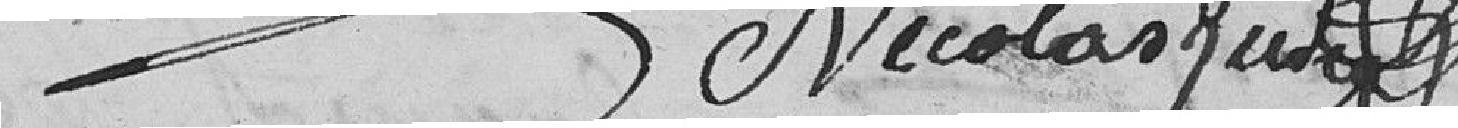
Nicolas juda